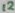
Text: 12